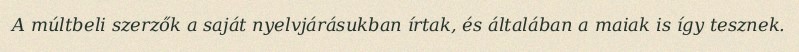
A múltbeli szerzők a saját nyelvjárásukban írtak, és általában a maiak is így tesznek.